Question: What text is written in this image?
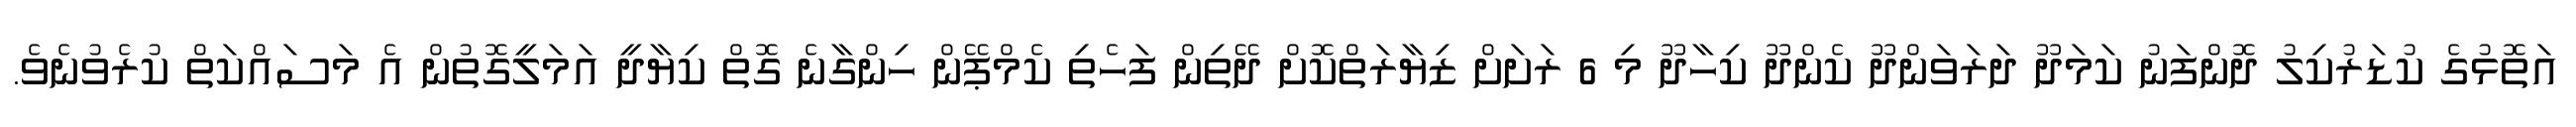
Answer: އަތޮޅުގެ ކުޑަރުކިލު ދޮންފަނު ކަމަދޫ ދަރަވަންދޫ ކެންދޫ ކިހާދޫ މި 6 ރަށަށް ޒިޔާރަތްކޮށް ދޭތިން ފަހެތި ކެމްޕޭން ހިންގާނެ ގޮތް ކިޔާދީ އަމަލީގޮތުން އެ މަސައްކަތް ކުރެވުނެވެ.